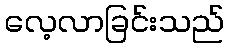
လေ့လာခြင်းသည်